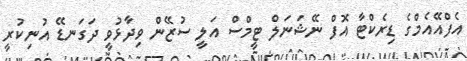
އެފްއޭއެމްގެ ޑިރެކްޓާ އޮފް ނޭޝަނަލް ޓީމްސް އަލީ ސުޒޭން ވިދާޅުވީ ދަގަނޑޭ އުނިކުރީ